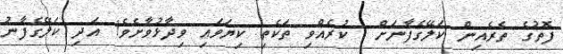
ފޮތުގެ ތެރެއިން ކަލޭގެފާނަށް  ކުރެއްވި ތަކެތި ކިޔަވައި ވިދާޅުވާށެވެ! އަދި ކަލޭގެފާނު